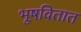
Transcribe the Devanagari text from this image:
भूषवितात